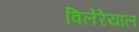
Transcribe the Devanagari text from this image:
विलेरेयाल